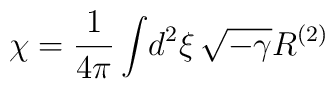
\chi = {1\over4\pi} \int\! d^2\xi\, \sqrt{-\gamma}R^{(2)}